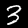
Label: 3